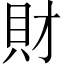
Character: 財